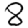
Digit: 8